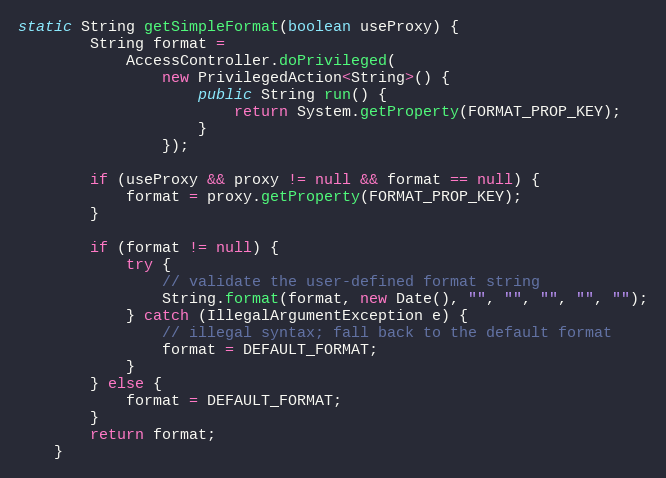
Language: Java
static String getSimpleFormat(boolean useProxy) {
        String format =
            AccessController.doPrivileged(
                new PrivilegedAction<String>() {
                    public String run() {
                        return System.getProperty(FORMAT_PROP_KEY);
                    }
                });

        if (useProxy && proxy != null && format == null) {
            format = proxy.getProperty(FORMAT_PROP_KEY);
        }

        if (format != null) {
            try {
                // validate the user-defined format string
                String.format(format, new Date(), "", "", "", "", "");
            } catch (IllegalArgumentException e) {
                // illegal syntax; fall back to the default format
                format = DEFAULT_FORMAT;
            }
        } else {
            format = DEFAULT_FORMAT;
        }
        return format;
    }